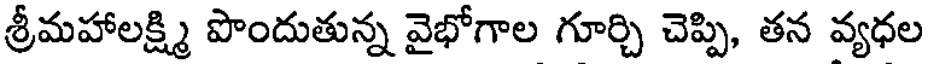
శ్రీమహాలక్ష్మి పొందుతున్న వైభోగాల గూర్చి చెప్పి, తన వ్యధల